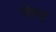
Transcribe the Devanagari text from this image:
चेसर